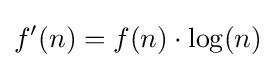
f^{\prime }(n)=f(n)\cdot \log(n)